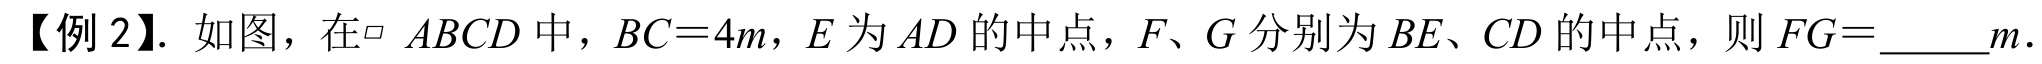
【例2】. 如图，在$\square\ ABCD$中，$BC = 4m$，$E$为$AD$的中点，$F、G$分别为$BE、CD$的中点，则$FG = \_\_\_\_m$.